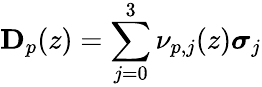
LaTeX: {\mathbf D}_{p}(z)=\sum_{j=0}^{3}\nu_{p,j}(z){\boldsymbol{\sigma}}_{j}